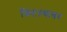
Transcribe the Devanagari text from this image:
फिटल्यावर